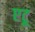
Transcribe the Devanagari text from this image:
एटू